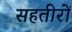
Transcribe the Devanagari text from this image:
सहतीरों